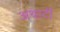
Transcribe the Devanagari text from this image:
अथार्टी